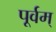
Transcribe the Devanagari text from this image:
पूर्वम्